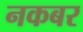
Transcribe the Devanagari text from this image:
नकबर